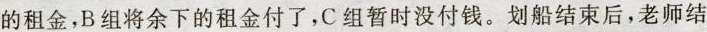
的租金，B组将余下的租金付了，C组暂时没付钱。划船结束后，老师结